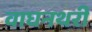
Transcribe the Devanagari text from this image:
वाघनथरी